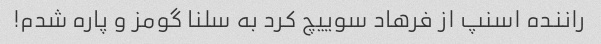
راننده اسنپ از فرهاد سوییچ کرد به سلنا گومز و پاره شدم!